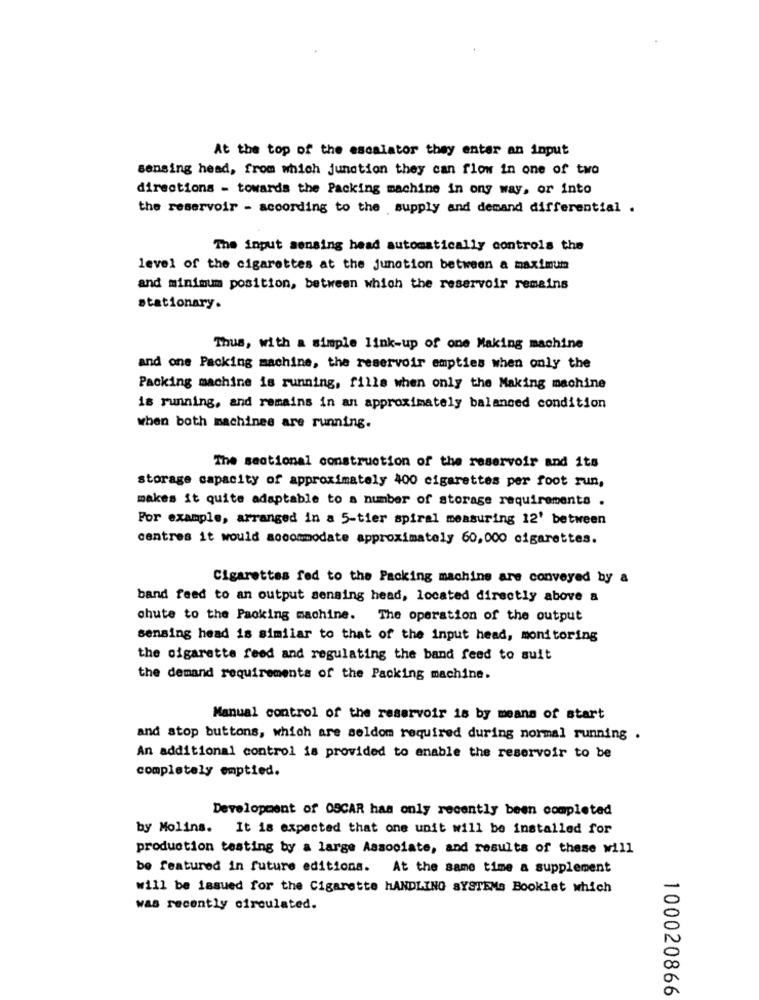
At the top of the escalator they entar an input
sensing head, from which junction they can flow in one of two
directions - towards the Packing machine in ong way, or into
the reservoir - according to the supply and demand differential .
The input sensing head automatically controls the
level of the cigarettes at the junction between a maximum
and minimum position, between which the reservoir remains
stationary.
Thus, with a simple link-up of one Making machine
and one Packing machine, the reservoir empties when only the
Packing machine is running, fills when only the Making machine
is running, and remains in an approximately balanced condition
when both machines are running.
The sectional construction of the reservoir and its
storage capacity of approximately 400 cigarettes per foot run,
makes it quite adaptable to a number of storage requirements .
For example, arranged in a 5-tier spiral measuring 12' between
centres it would accommodate approximately 60,000 cigarettes.
Cigarettes fed to the Packing machine are conveyed by a
band feed to an output sensing head, located directly above a
chute to the Packing machine. The operation of the output
sensing head is similar to that of the input head, monitoring
the cigarette feed and regulating the band feed to suit
the demand requirements of the Packing machine.
Manual control of the reservoir is by means of start
and stop buttons, which are seldom required during normal running .
An additional control is provided to enable the reservoir to be
completely emptied.
Development of 0SCAR has only recently been completed
by Molins. It is expected that one unit will be installed for
production testing by a large Associate, and results of these will
be featured in future editions. At the same time a supplement
will be issued for the Cigarette HANDLING SYSTEMs Booklet which
was recently circulated.
100020866